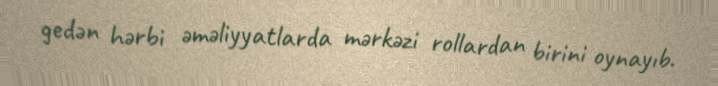
gedən hərbi əməliyyatlarda mərkəzi rollardan birini oynayıb.